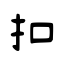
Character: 扣